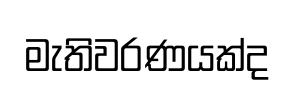
මැතිවරණයක්ද